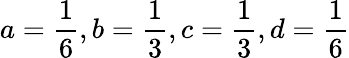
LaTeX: a={\frac{1}{6}},b={\frac{1}{3}},c={\frac{1}{3}},d={\frac{1}{6}}